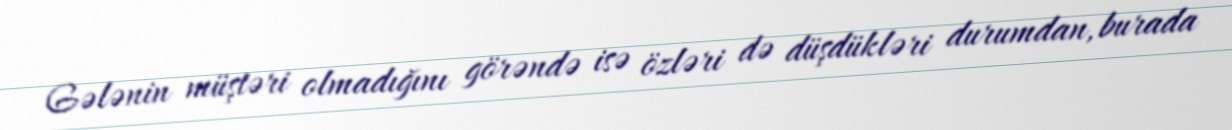
Gələnin müştəri olmadığını görəndə isə özləri də düşdükləri durumdan, burada